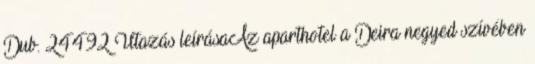
Dub. 24492 Utazás leírásaAz aparthotel a Deira negyed szívében